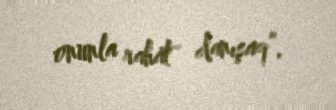
onunla rahat danışaq”.